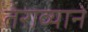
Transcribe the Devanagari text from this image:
तेराव्याने